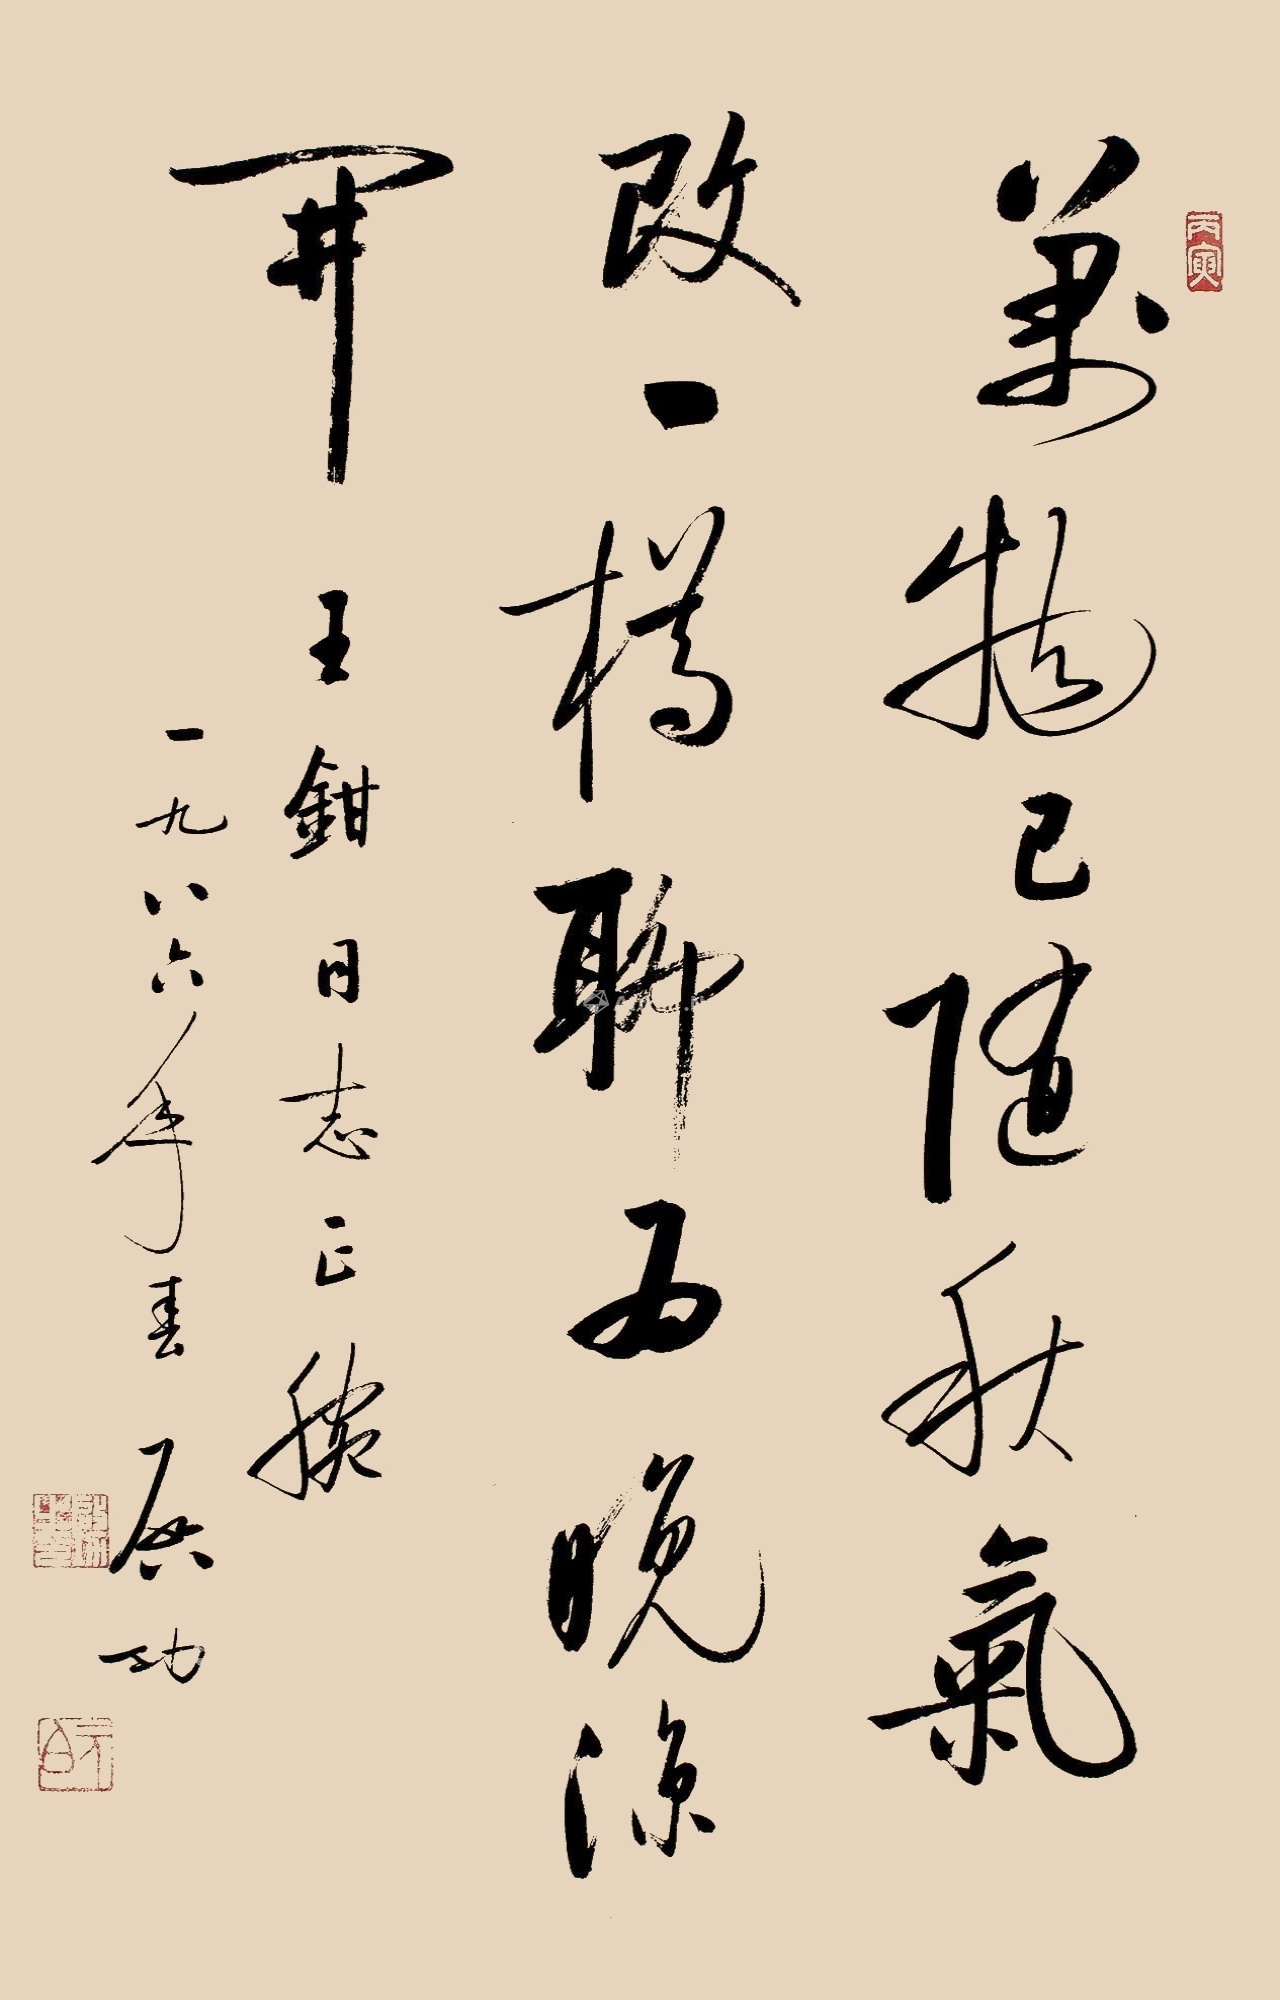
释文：万物已随秋气改，一樽聊为晚凉开。王钳同志正腕，一九八六年春，启功。